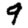
Digit: 9